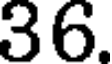
36.